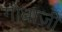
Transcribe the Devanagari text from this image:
गोधाजी